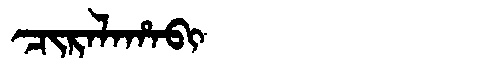
Manchu: ᠴᡳᡵᠠᠯᠠᡥᠠᠪᡳ
Romanization: CIRALAHABI